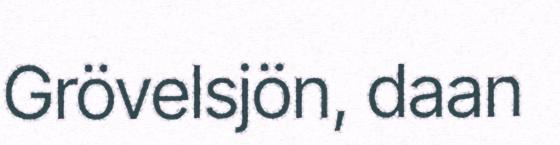
Grövelsjön, daan